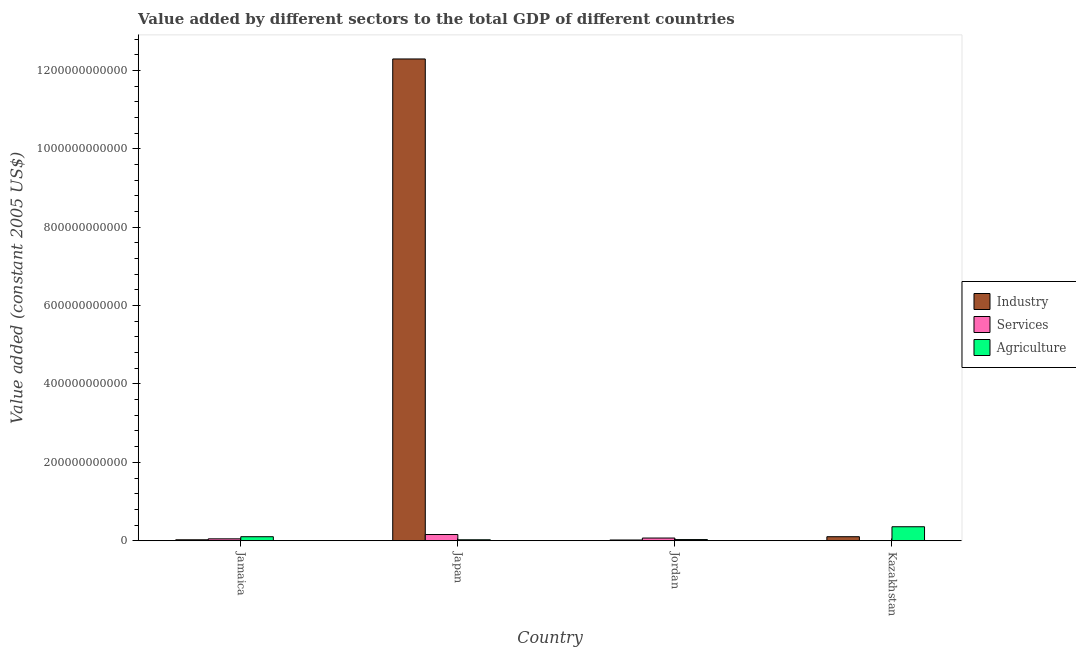
| Country | Industry | Services | Agriculture |
 | --- | --- | --- | --- |
 | Jamaica | 2.39e+09 | 4.82e+09 | 1.02e+10 |
 | Japan | 1.23e+12 | 1.58e+10 | 2.43e+09 |
 | Jordan | 1.84e+09 | 6.82e+09 | 2.92e+09 |
 | Kazakhstan | 1.02e+10 | 3.77e+07 | 3.57e+10 |